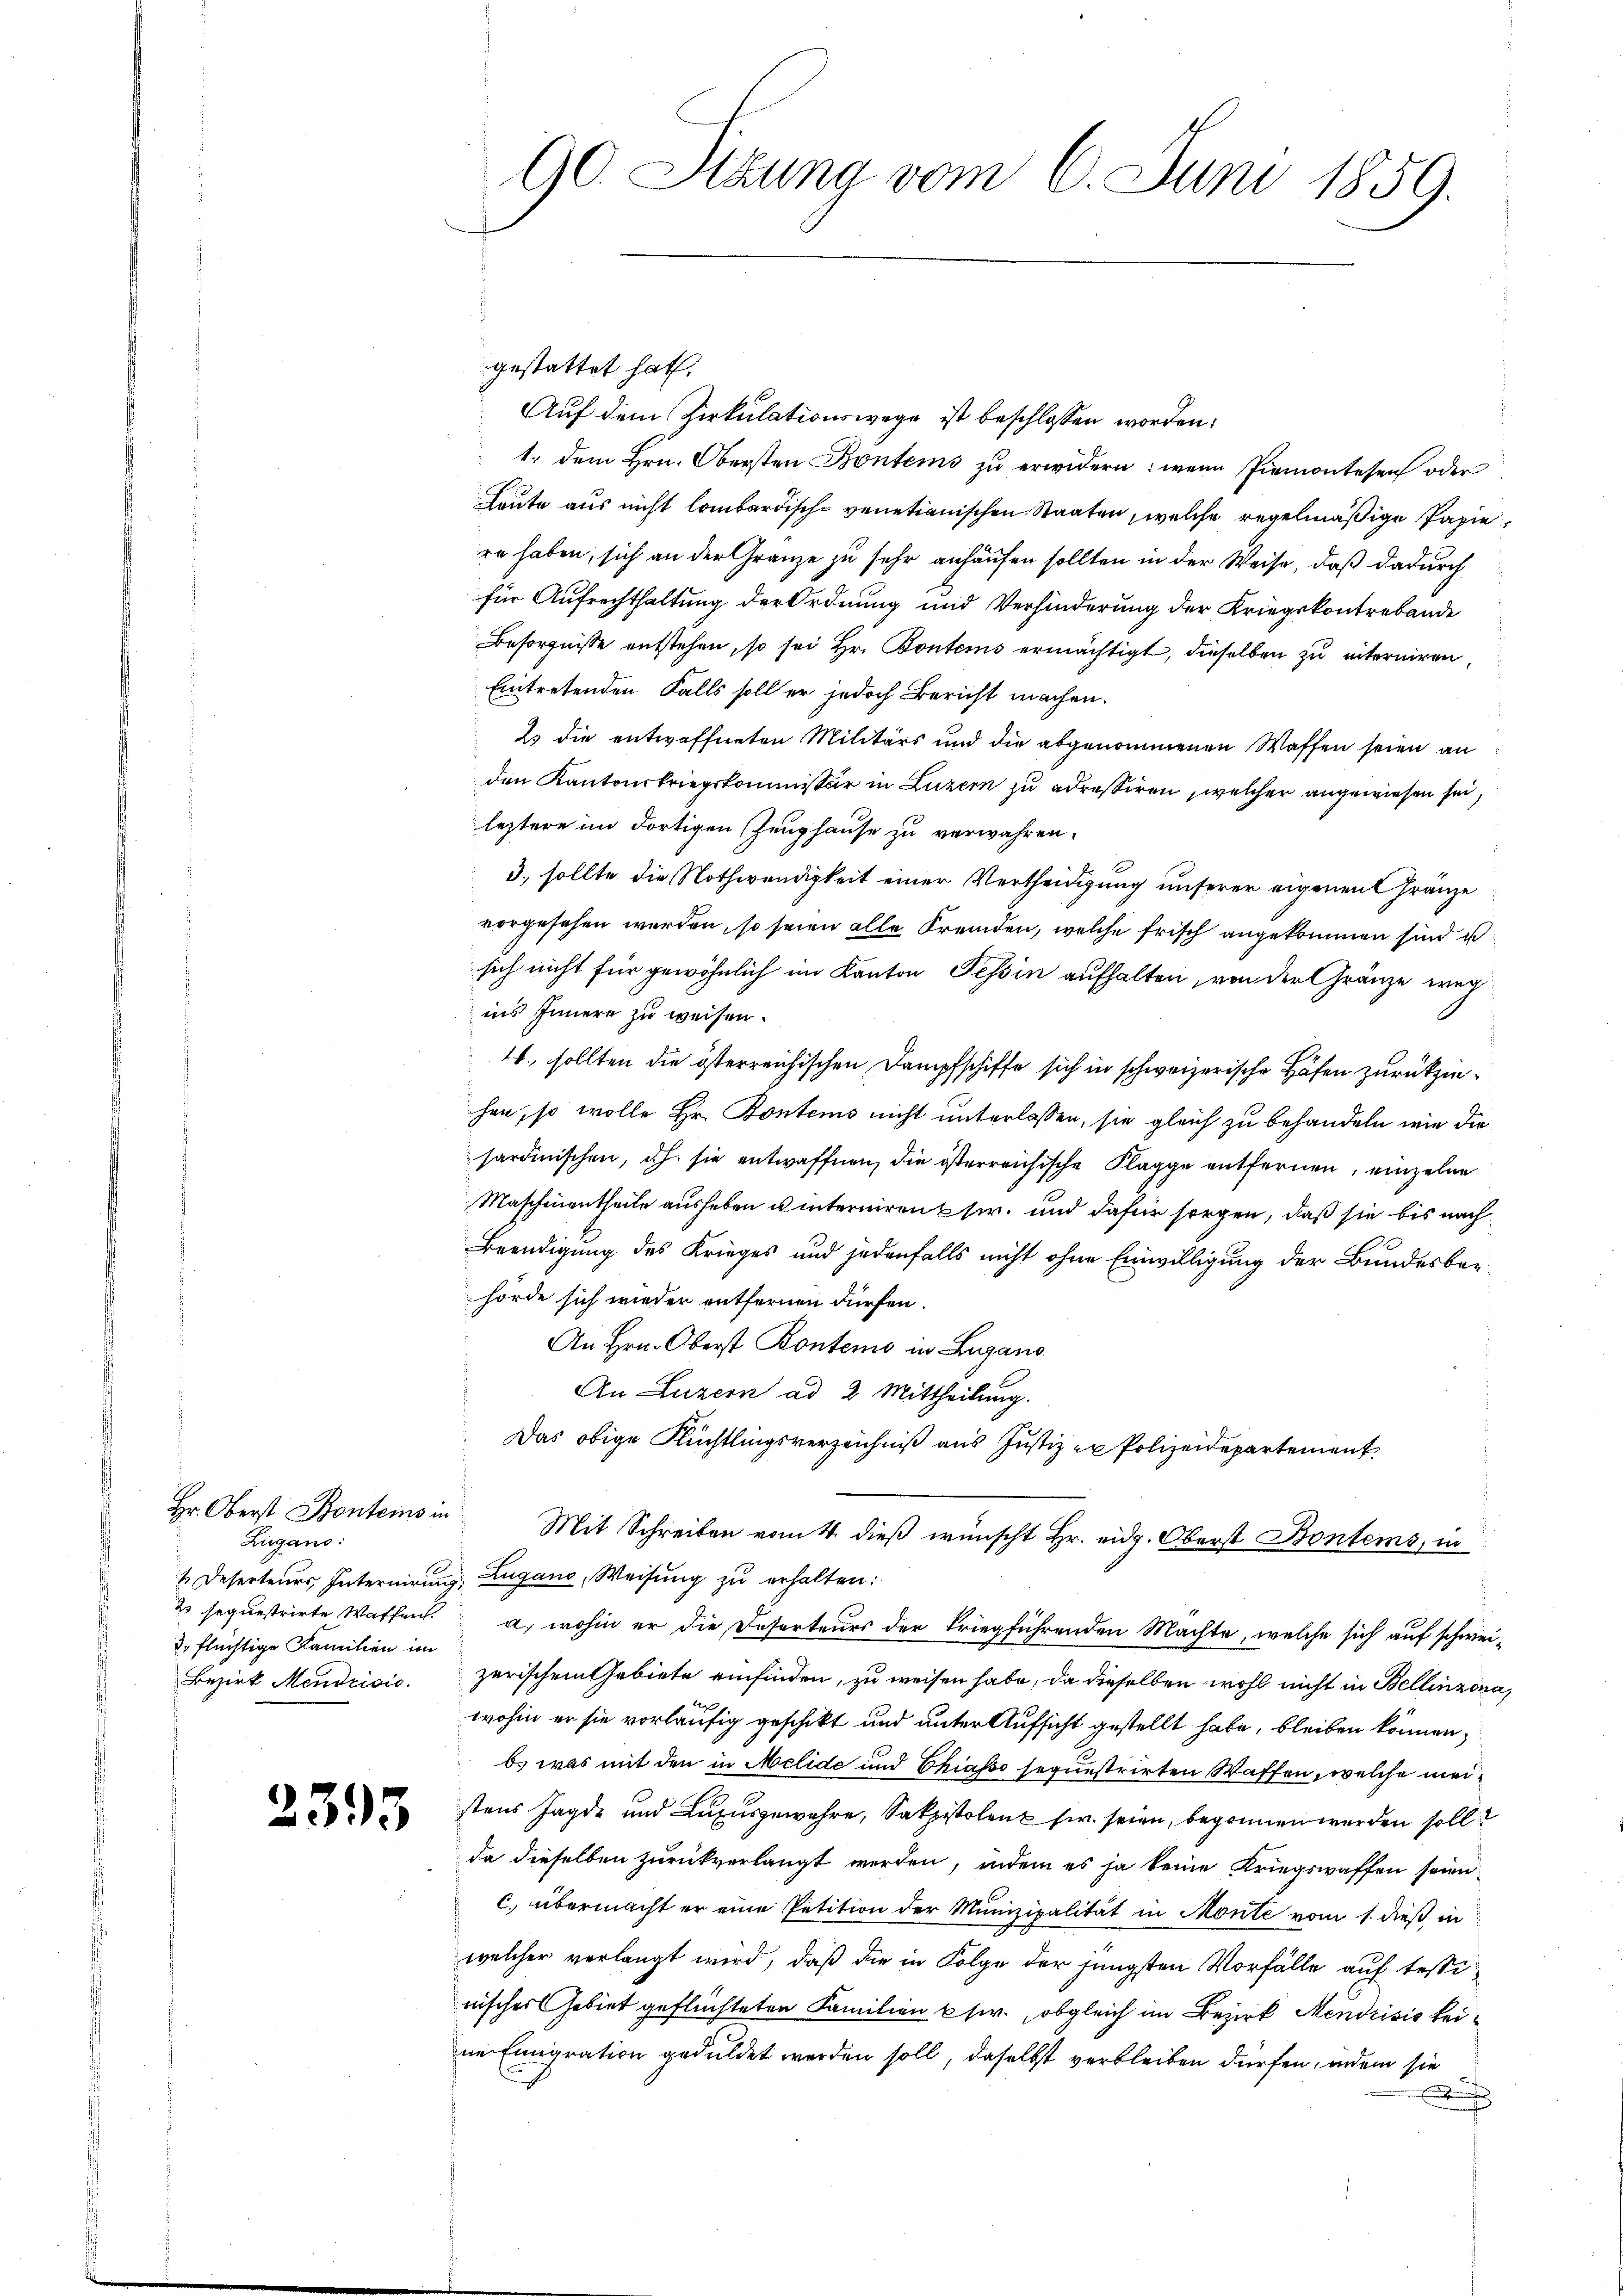
Hr. Oberst Bontems in
Lugano:
3. flüchtige Familien im

2395

90. Sttung vom 6. Juni 1859.

gestattet hat.
Auf dem Zirkulationswege ist beschlossen worden.
1. dem Hrn. Obersten Bontems zu erwidern: wenn Piemontesen oder
Leute aus nicht lombardische venetianischen Staaten, welche regelmäßige Papie
re haben, sich an der Gränze zu sehr anhausen sollten in der Weise, daß dadurch
für Aufrechthaltung der Ordnung und Verhinderung der Kriegskontrebande
Besorgnisse entstehen, so sei Hr. Bontems ermächtigt, dieselben zu interniren,
Eintretenden Falls soll er jedoch Bericht machen.
23 die entwaffneten Militärs und die abgenommenen Waffen seien an
den Kantonskriegskommissär in Luzern zu adressiren, welcher angewiesen sei,
leztere im dortigen Zeughause zu verwahren.
3., sollte die Nothwendigkeit einer Vertheidigung unserer eigenen Gränze
vorgesehen werden, so seien alle Fremden, welche frisch angekommen sind u
sich nicht für gewöhnlich im Kanton Tessin aufhalten, von der Gränze weg
ins Innere zu weisen.
4., sollten die österreichischen Dampfschiffe sich in schweizerische Hafen zurückziehen, so wolle Hr. Kontens nicht unterlassen, sie gleich zu behandeln, wie die
sardinischen, d.h. sie entwaffnen, die österreichische Klagge entfernen, einzelne
Maschinentheile ausheben u interniren Chir. und dafür sorgen, daß sie bis nach
Beendigung des Krieges und jedenfalls nicht ohne Einwilligung der Bundesber
hörde sich wieder entfernen dürfen.
An Hrn. Oberst Kontems in Lugano
An Luzern ad 2 Mittheilung.
Das obige Flüchtlingsverzeichniß aus Justiz er Polizeidepartement
Mit Schreiben vom 4. dieß wünscht Hr. eidg. Oberst Bontems, in
1 Deserteurs, Internirung, Lugano, Weisung zu erhalten:
2 sequestrirte Waffen. a., wohin er die Deserteurs der kriegführenden Machte, welche sich auf schwei¬
Bezirk Mendrisis zerischem Gebiete einfinden, zu weisen habe, da dieselben wohl nicht in Bellinzona,
wohin er sie vorläufig geschikt und unter Aufsicht gestellt habe, bleiben können,
b. was mit den in Melide und Chiasso seguestrirten Waffen, welche meistens Jagde und Luxusgewehre, Satzstolent sie seien, begonnen werden soll
da dieselben zurückverlangt werden, indem es ja keine Kriegswaffen seien
c) übermacht er eine Petition der Munizipalität in Monte vom 1. dieß in
welcher verlangt wird, daß die in Folge der jüngsten Vorfälle auf tessinisches Gebiet geflüchteten Familien usw., obgleich im Bezirk Mendrisis keine Emigration geduldet werden soll, daselbst verbleiben dürfen, indem sie